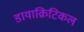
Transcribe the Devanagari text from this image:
डायाक्रिटिकल